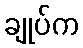
ချုပ်က